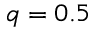
q = 0 . 5